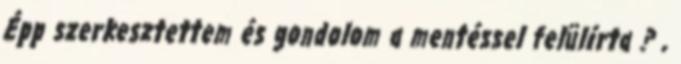
Épp szerkesztettem és gondolom a mentéssel felülírta ? ,